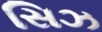
સિઝ